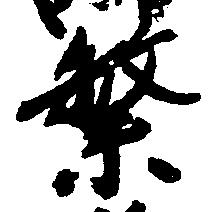
繁